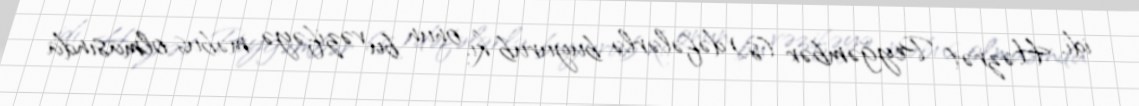
idi. Həzrət Peyğəmbər (s) dəfələrlə buyurub ki, onun bu vəzifəyə məbus olmasında